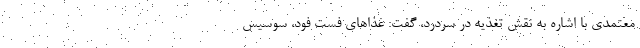
معتمدی با اشاره به نقش تغذیه در سردرد، گفت: غذاهای فست فود، سوسیس